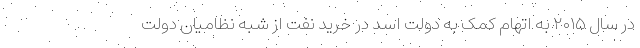
در سال ۲۰۱۵ به اتهام کمک به دولت اسد در خرید نفت از شبه نظامیان دولت